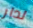
لدار